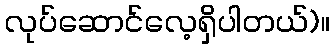
လုပ်ဆောင်လေ့ရှိပါတယ်)။